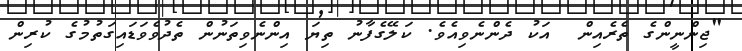
"ޖިންނީންގެ ތެރެއިން  އަކު ދެންނެވިއެވެ. ކަލޭގެފާނު ތިޔަ އިންނެވިތަނުން ތެދުވެވަޑައިގަތުމުގެ ކުރިން